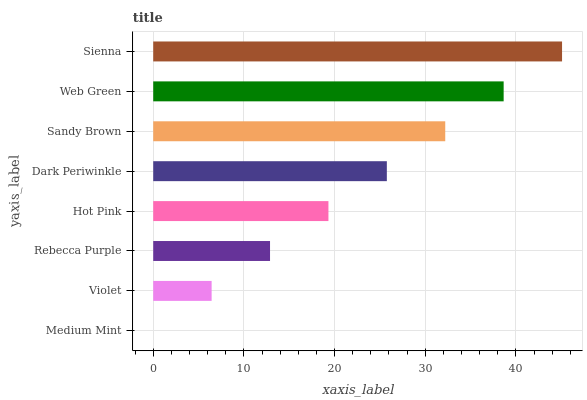
| yaxis_label | bars |
 | --- | --- |
 | Medium Mint | 0 |
 | Violet | 6.44 |
 | Rebecca Purple | 12.9 |
 | Hot Pink | 19.3 |
 | Dark Periwinkle | 25.8 |
 | Sandy Brown | 32.2 |
 | Web Green | 38.6 |
 | Sienna | 45.1 |